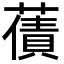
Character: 𮑫